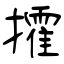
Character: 攉